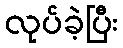
လုပ်ခဲ့ပြီး